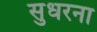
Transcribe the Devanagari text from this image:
सुधरना